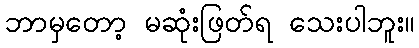
ဘာမှတော့ မဆုံးဖြတ်ရ သေးပါဘူး။